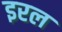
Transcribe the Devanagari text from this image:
इरल